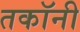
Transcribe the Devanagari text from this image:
तकॉनी